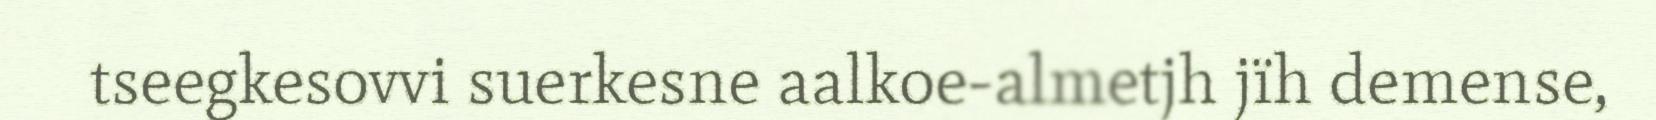
tseegkesovvi suerkesne aalkoe-almetjh jïh demense,